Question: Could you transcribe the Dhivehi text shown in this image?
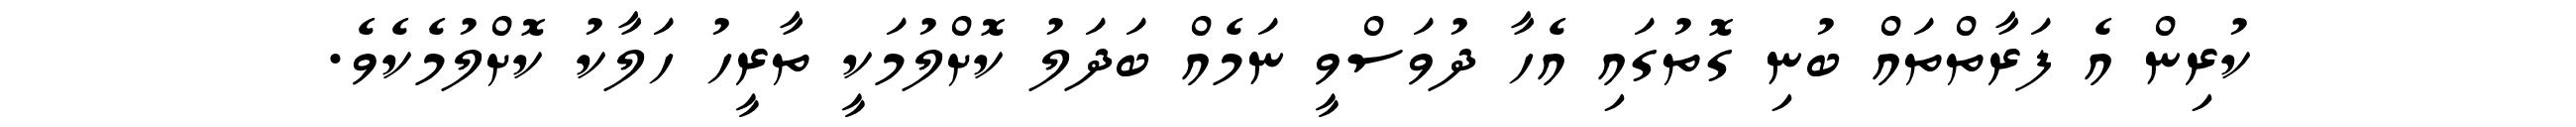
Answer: ކުރިން އެ ފަރާތްތައް ބުނި ގޮތުގައި އެހާ ދުވަސްވީ ނަމެއް ބަދަލު ކޮށްލުމަކީ ތާރީހު ހަލާކު ކޮށްލުމެކެވެ.